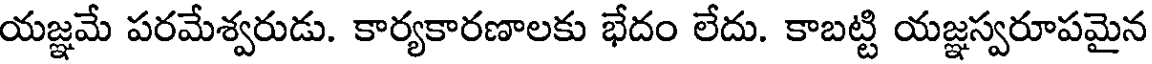
యజ్ఞమే పరమేశ్వరుడు. కార్యకారణాలకు భేదం లేదు. కాబట్టి యజ్ఞస్వరూపమైన